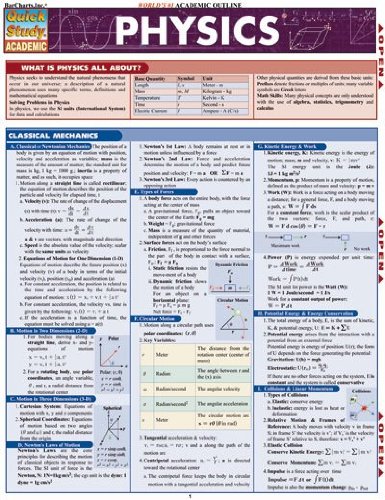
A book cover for Physics (Quick Study Academic); Inc. BarCharts; Science & Math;